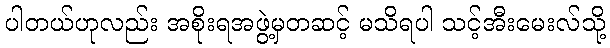
ပါတယ်ဟုလည်း အစိုးရအဖွဲ့မှတဆင့် မသိရပါ သင့်အီးမေးလ်သို့